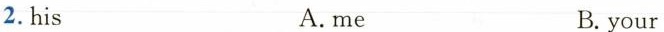
2.his A. me B. your